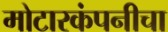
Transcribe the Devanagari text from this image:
मोटारकंपनीचा